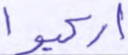
اركبوا